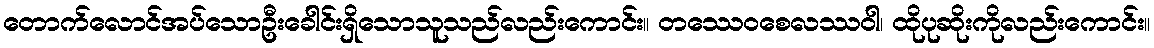
တောက်လောင်အပ်သောဦးခေါင်းရှိသောသူသည်လည်းကောင်း။ တဿေဝစေလဿဝါ၊ ထိုပုဆိုးကိုလည်းကောင်း။